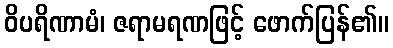
ဝိပရိဏာမံ၊ ဇရာမရဏဖြင့် ဖောက်ပြန်၏။